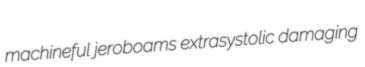
machineful jeroboams extrasystolic damaging